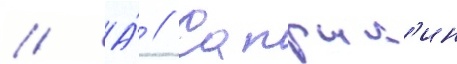
// А́ // Сапрык'ин